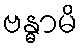
ဗန္ဓာမိ